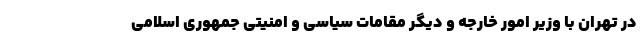
در تهران با وزیر امور خارجه و دیگر مقامات سیاسی و امنیتی جمهوری اسلامی